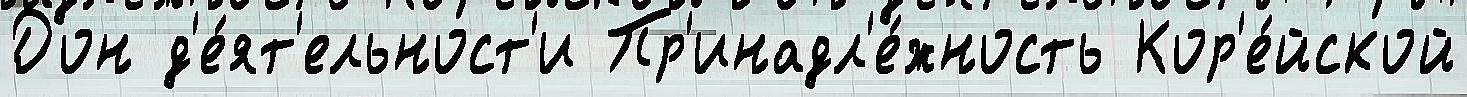
Дон д'е́ят'ельност'и Пр'инадл'е́жность Кор'е́йской